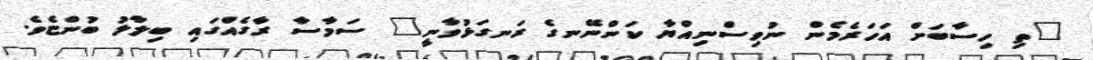
"ތި ހިސާބަށް އަހަރެމެން ނުވިސްނިއްޔާ ކަންނޭނގެ ރަނގަޅުވާނީ" ސަމާސާ ރާގެއްގައި ބިލާލު ބުންޏެވެ.